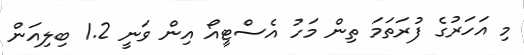
މި އަހަރުގެ ފުރަތަމަ ތިން މަހު އެސްޓީއޯ އިން ވަނީ 1.2 ބިލިއަން